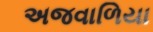
અજવાળિયા